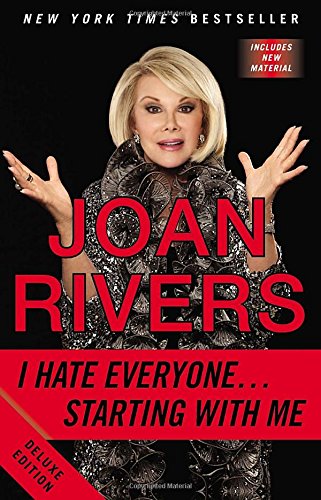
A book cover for I Hate Everyone...Starting with Me; Joan Rivers; Humor & Entertainment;